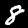
Label: 8